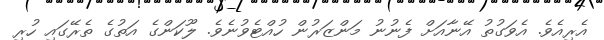
އެރިއެވެ. އެވަގުތު އޭނާއަށް ފެނުނު މަންޒަރުން ހުއްޓެވުނެވެ. ލޫކަންގެ އަތުގެ ތެރޭގައި ހުރި